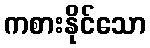
ကစားနိုင်သော